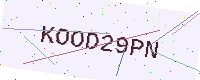
Text: KOOD29PN